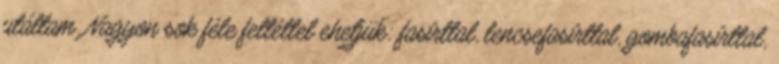
utáltam. Nagyon sok féle feltéttel ehetjük: fasírttal, lencsefasírttal, gombafasírttal,